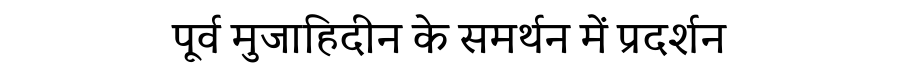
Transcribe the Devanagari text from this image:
पूर्व मुजाहिदीन के समर्थन में प्रदर्शन